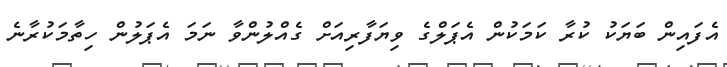
އެފައިން ބަޔަކު ކުރާ ކަމަކުން އެޕަލްގެ ވިޔަފާރިއަށް ގެއްލުންވާ ނަމަ އެޕަލުން ހިތާމަކުރާނެ